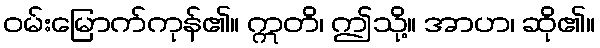
ဝမ်းမြောက်ကုန်၏။ ဣတိ၊ ဤသို့။ အာဟ၊ ဆို၏။